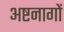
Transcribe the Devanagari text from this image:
अष्टनागों